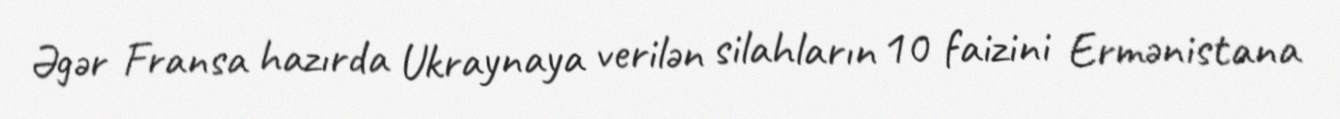
Əgər Fransa hazırda Ukraynaya verilən silahların 10 faizini Ermənistana